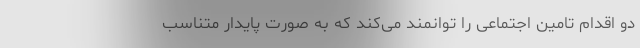
دو اقدام تامین اجتماعی را توانمند می‌کند که به صورت پایدار متناسب